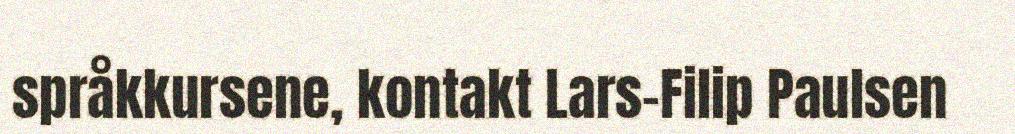
språkkursene, kontakt Lars-Filip Paulsen